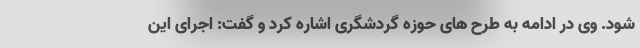
شود. وی در ادامه به طرح های حوزه گردشگری اشاره کرد و گفت: اجرای این